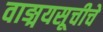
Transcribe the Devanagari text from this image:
वाङ्मयसूचीचे